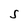
Character: S